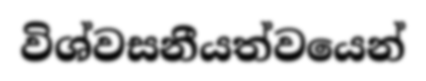
විශ්වසනීයත්වයෙන්